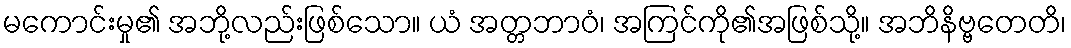
မကောင်းမှု၏ အဘို့လည်းဖြစ်သော။ ယံ အတ္တဘာဝံ၊ အကြင်ကို၏အဖြစ်သို့။ အဘိနိဗ္ဗတေတိ၊